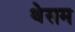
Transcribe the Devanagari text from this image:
थेसम